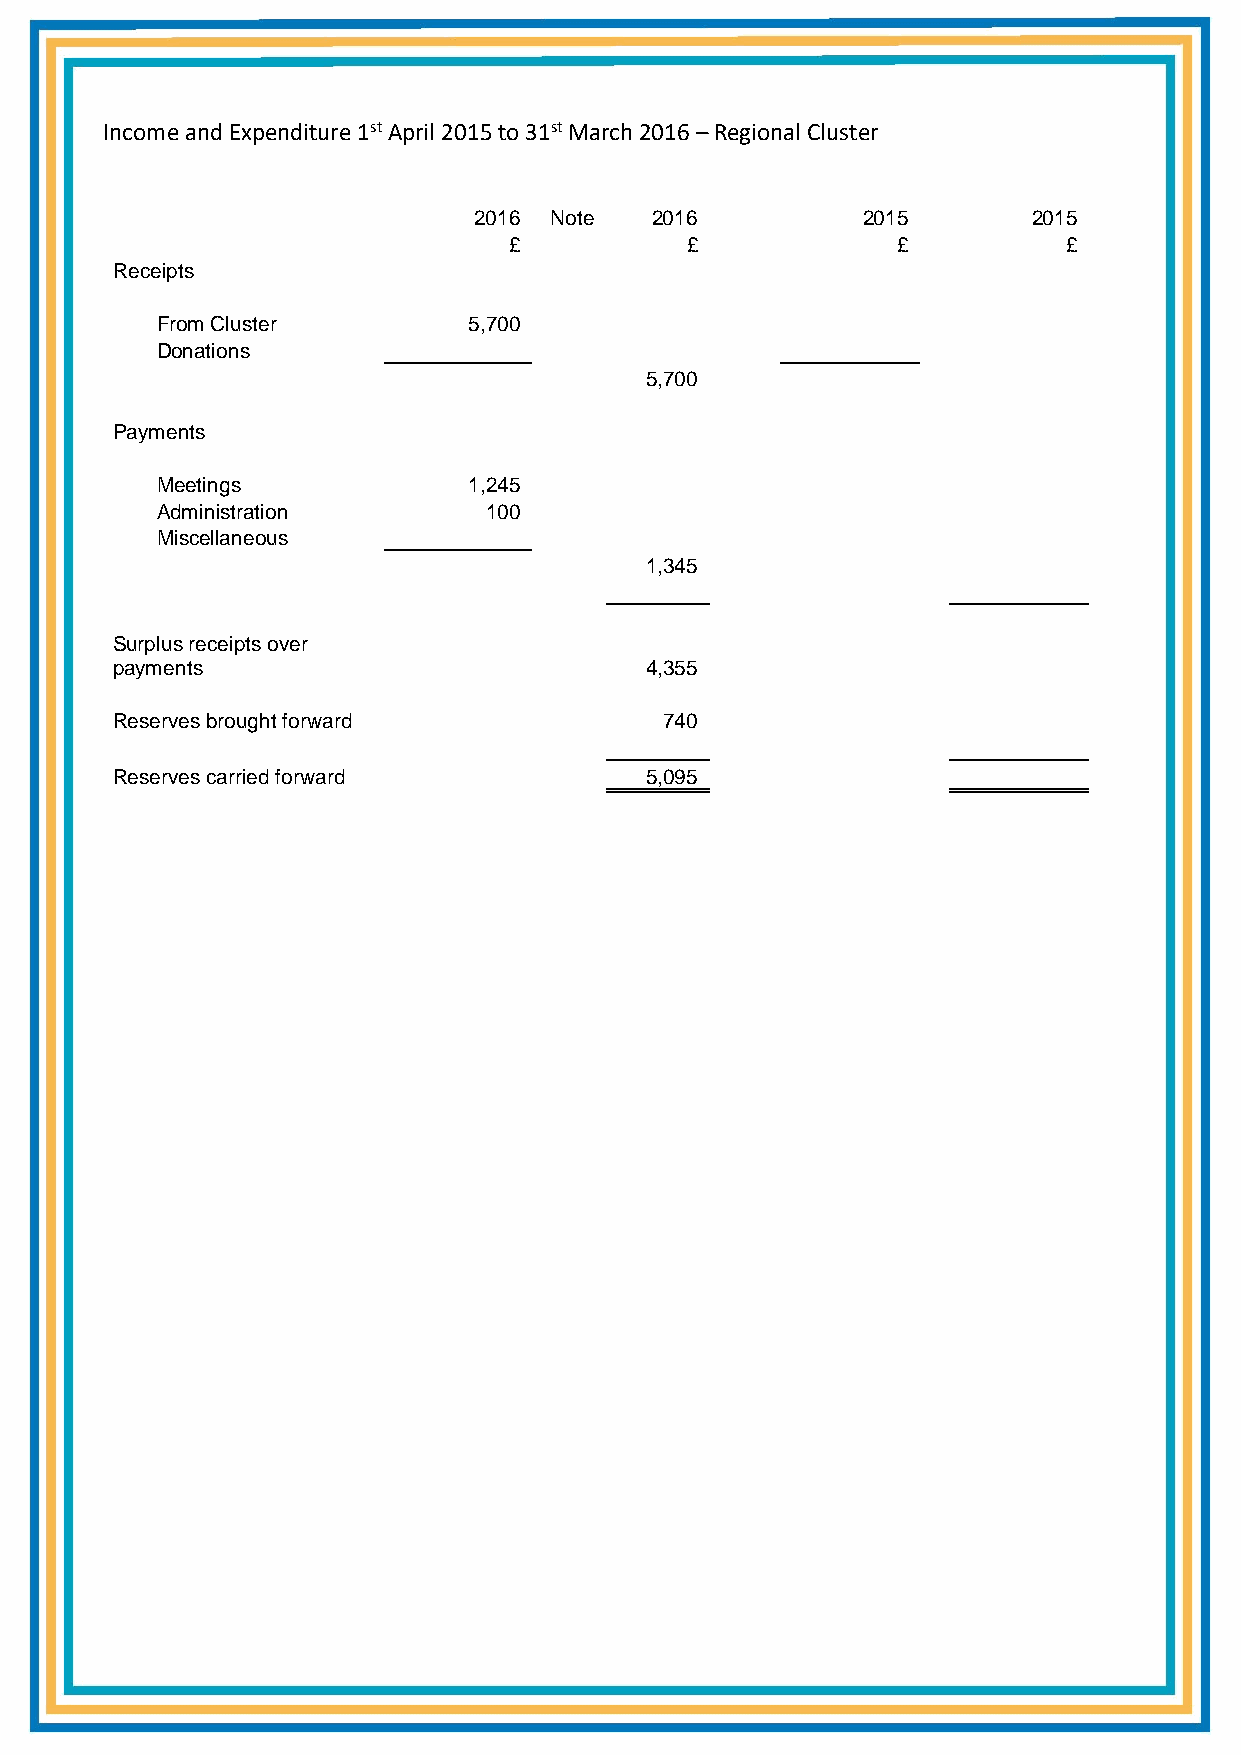
Income and Expenditure 1st April 2015 to 31st March 2016 – Regional Cluster
 2016 Note   2016          2015       2015
 £          £             £           £
 Rece ipts
 From Cluster         5,700
 Donations
 5,700
 Paym ents
 Meetings             1,245
 Administration        100
 Miscellaneous
 1,345
 Surp lus receipts ov er
 payments                            4,355
 Rese rves brought forward            740
 Rese rves carried fo rward          5,095